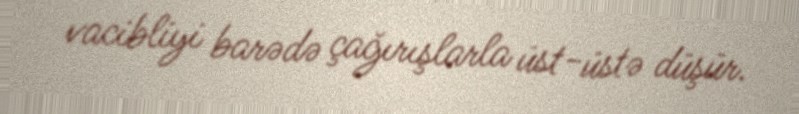
vacibliyi barədə çağırışlarla üst-üstə düşür.